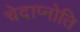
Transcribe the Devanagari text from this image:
चेदाप्नोति